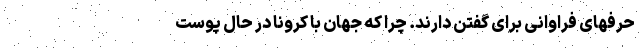
حرفهای فراوانی برای گفتن دارند. چرا که جهان با کرونا در حال پوست‌